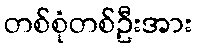
တစ်စုံတစ်ဦးအား